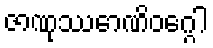
ဇာဏုဿောဏိဝဂ္ဂေါ